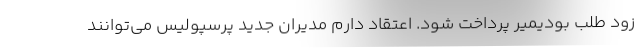
زود طلب بودیمیر پرداخت شود. اعتقاد دارم مدیران جدید پرسپولیس می‌توانند